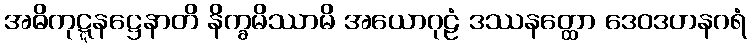
အဓိကုဋ္ဋနဋ္ဌေနာတိ နိက္ခမိဿာမိ အယောဂုဠံ ဒဿနတ္ထော ဒေဝဒဟနဂရံ